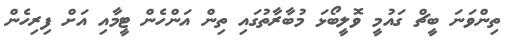
ތިންވަނަ ބީޗް ގައުމީ ވޮލީބޯޅަ މުބާރާތުގައި ތިން އަންހެން ޓީމާއި އަށް ފިރިހެން